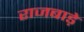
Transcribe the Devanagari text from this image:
राजबाड़े